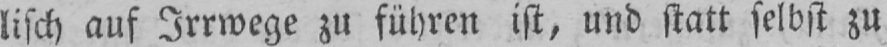
lisch auf Irrwege zu führen ist, und statt selbst zu